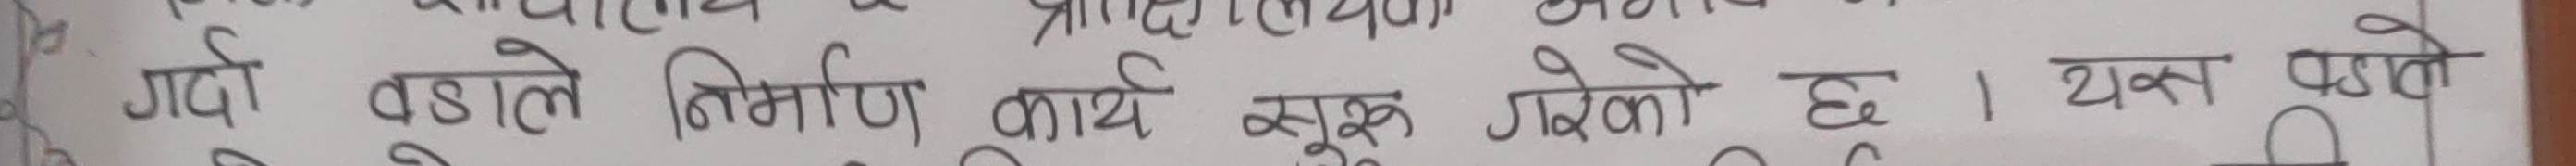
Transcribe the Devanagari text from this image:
गर्दै बडाले निर्माण कार्य सुरु गरेको छ। यस पछिल्लो